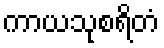
ကာယသုစရိတံ